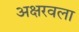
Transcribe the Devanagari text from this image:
अक्षरवला